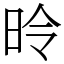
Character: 昤